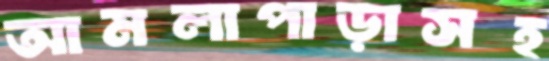
আমলাপাড়াসহ